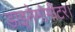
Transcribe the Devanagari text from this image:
डाइनेमोमीटर।